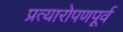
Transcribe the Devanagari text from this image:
प्रत्यारोपणपूर्व